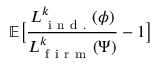
\mathbb { E } \big [ \frac { { L } _ { \mathrm { ~ i ~ n ~ d ~ . ~ } } ^ { k } ( \phi ) } { { L } _ { \mathrm { ~ f ~ i ~ r ~ m ~ } } ^ { k } ( \Psi ) } - 1 \big ]